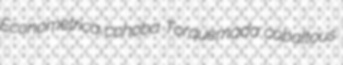
Econometrica cohoba Torquemada cobaltous